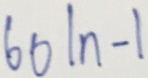
6 0 \vert n - \vert